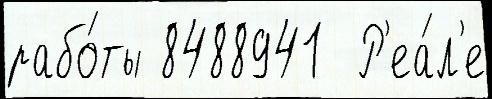
рабо́ты 8488941  Р'еа́л'е